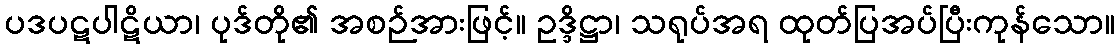
ပဒပဋပါဋိယာ၊ ပုဒ်တို၏ အစဉ်အားဖြင့်။ ဥဒ္ဒိဋ္ဌာ၊ သရုပ်အရ ထုတ်ပြအပ်ပြီးကုန်သော။